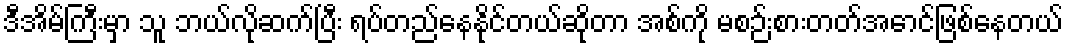
ဒီအိမ်ကြီးမှာ သူ ဘယ်လိုဆက်ပြီး ရပ်တည်နေနိုင်တယ်ဆိုတာ အစ်ကို မစဉ်းစားတတ်အောင်ဖြစ်နေတယ်